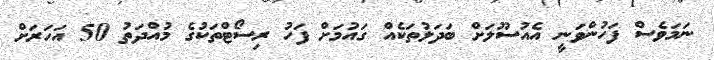
ނަމަވެސް ފަހުންވަނީ އެއުސޫލަށް ބަދަލުތަކެއް ގައުމަށް ފަހު ރިސޯޓްތަކުގެ މުއްދަތު 50 އަހަރަށް